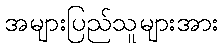
အများပြည်သူများအား